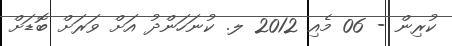
ކުރިން - 06 މެއި 2012 ލ. ކުނަހަންދު އަށް ވަރަށް ބޮޑަށް